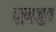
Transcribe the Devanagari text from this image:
कुन्जुत